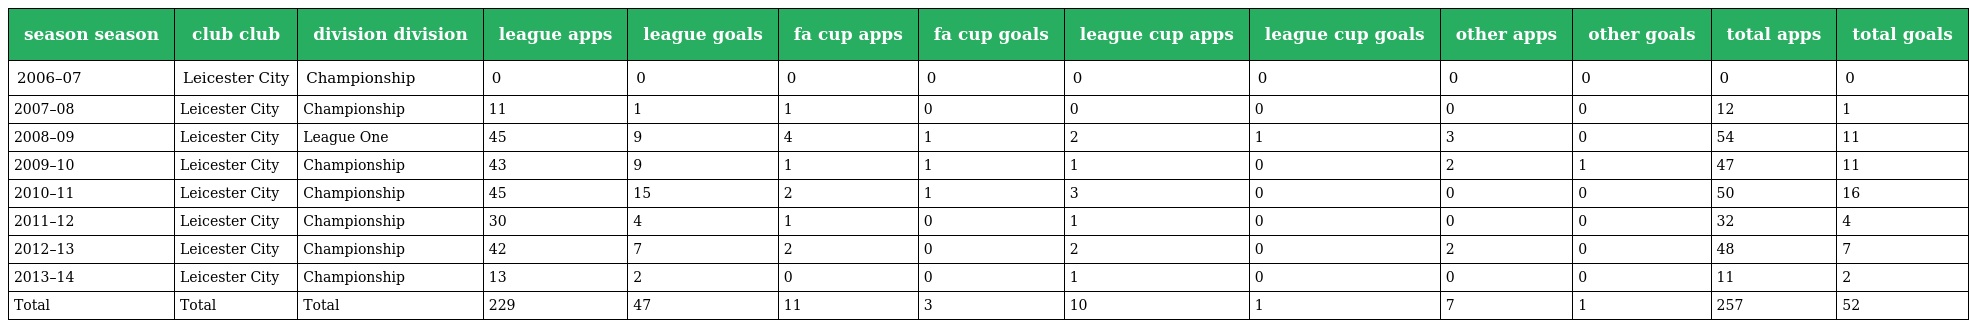
| season season | club club | division division | league apps | league goals | fa cup apps | fa cup goals | league cup apps | league cup goals | other apps | other goals | total apps | total goals |
 | --- | --- | --- | --- | --- | --- | --- | --- | --- | --- | --- | --- | --- |
 | 2006–07 | Leicester City | Championship | 0 | 0 | 0 | 0 | 0 | 0 | 0 | 0 | 0 | 0 |
 | 2007–08 | Leicester City | Championship | 11 | 1 | 1 | 0 | 0 | 0 | 0 | 0 | 12 | 1 |
 | 2008–09 | Leicester City | League One | 45 | 9 | 4 | 1 | 2 | 1 | 3 | 0 | 54 | 11 |
 | 2009–10 | Leicester City | Championship | 43 | 9 | 1 | 1 | 1 | 0 | 2 | 1 | 47 | 11 |
 | 2010–11 | Leicester City | Championship | 45 | 15 | 2 | 1 | 3 | 0 | 0 | 0 | 50 | 16 |
 | 2011–12 | Leicester City | Championship | 30 | 4 | 1 | 0 | 1 | 0 | 0 | 0 | 32 | 4 |
 | 2012–13 | Leicester City | Championship | 42 | 7 | 2 | 0 | 2 | 0 | 2 | 0 | 48 | 7 |
 | 2013–14 | Leicester City | Championship | 13 | 2 | 0 | 0 | 1 | 0 | 0 | 0 | 11 | 2 |
 | Total | Total | Total | 229 | 47 | 11 | 3 | 10 | 1 | 7 | 1 | 257 | 52 |